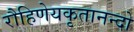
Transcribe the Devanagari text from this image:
रौहिणेयकृतानन्दो